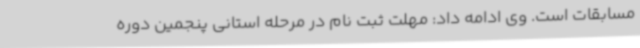
مسابقات است. وی ادامه داد: مهلت ثبت نام در مرحله استانی پنجمین دوره